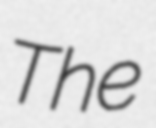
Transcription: The